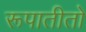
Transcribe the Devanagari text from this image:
रूपातीतो